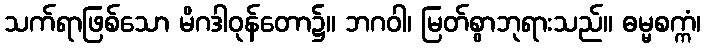
သက်ရာဖြစ်သော မိဂဒါဝုန်တော၌။ ဘဂဝါ၊ မြတ်စွာဘုရားသည်။ ဓမ္မစက္ကံ၊